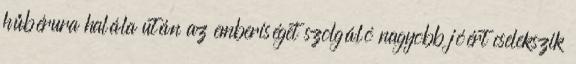
hűbérura halála után az emberiséget szolgáló nagyobb jóért cselekszik